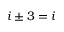
i \pm 3 = i